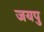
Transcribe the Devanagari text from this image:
जयपु